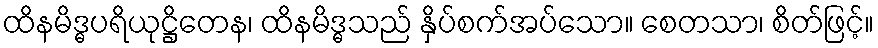
ထိနမိဒ္ဓပရိယုဋ္ဌိတေန၊ ထိနမိဒ္ဓသည် နှိပ်စက်အပ်သော။ စေတသာ၊ စိတ်ဖြင့်။